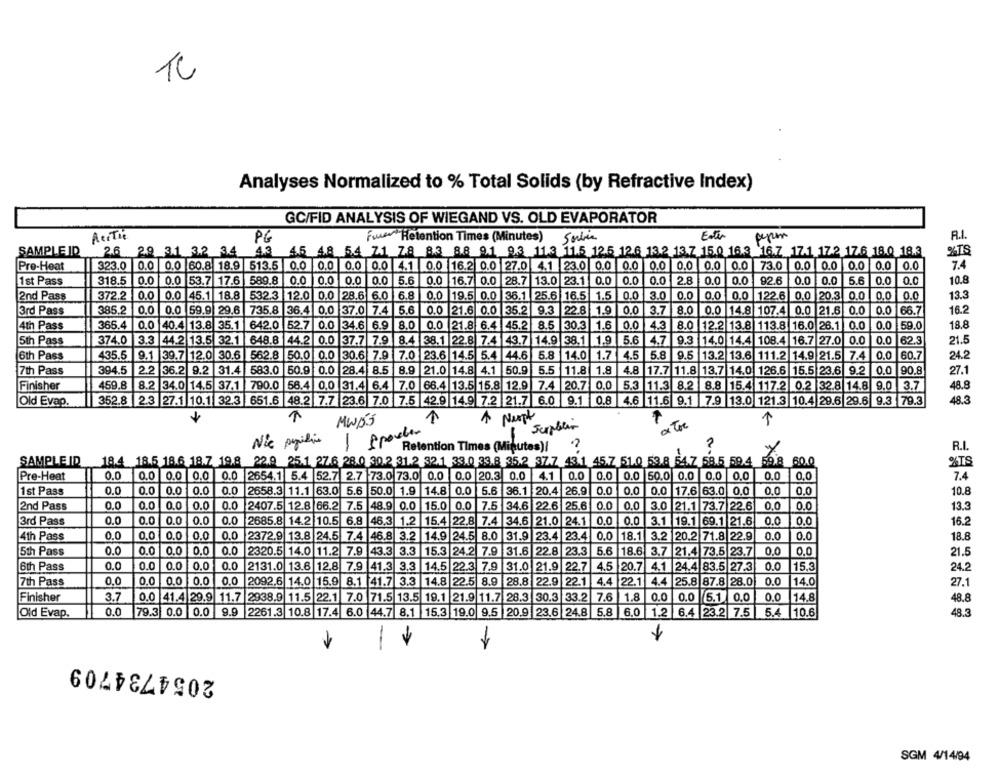
TC
Analyses Normalized to % Total Solids (by Refractive Index)
GC/FID ANALYSIS OF WIEGAND VS. OLD EVAPORATOR
Rectie
PG
Foner"Retention Times (Minutes)
Serbia
Ester
perm
R.I.
SAMPLE ID
2.6 29 31 3.2 34
2.6 2.9 31 3.2 34 43 45 48 54 71 78 83 88 91 93 113 11.5 12.5 126 132 13.7 15.0 163 16.7 17-1 17-2 17.6 18.0 18.3
43
%TS
7.4
Pre-Heat
323.0 0.0 0.0 60.8 18.9 513.5 0.0 0.0 0.0 0.0 4.1 0.0 16.2 0.0 27.0 4.1 23.0 0.0 0.0 0.0 0.0 0.0 0.0 73.0
0.0 0.0 0.0 0.0 0.0
1st Pass
318.5
0.0
0.0 53.7 17.6 589.8
0.0
0.0
0.0 0.0
5.6
0.0
16.7 0.0 28.7 13.0 23.1 0.0
0.0
0.0
28
0.0
0.0
92.6
0.0
0.0
5.6
0.0
0.0
10.8
2nd Pass
372.2
0.0 0.0 45.1 18.8 532.3 12.0 0.0
28.6 6.0 6.8
0.0
19.5 0.0 36.1 25.6 16.5 1.5 0.0
3.0 0.0
0.0 0.0 122.6 0.0 20.3 0.0
0.0 0.0
13.3
3rd Pass
385.2
0.0 0.0 59.9 29.6 735.8 36.4 0.0 37.0 7.4 5.6
0.0
21.6 0.0
35.2
9.3
22.8 1.9 0.0
3.7
8.0
0.0 14.8 107.4 0.0 21.6 0.0
10.0
66.7
16.2
4th Pass
365.4
100
40.4 13.8
35.1 642.0 52.7 0.0
34.6 6.9
8.0
0.0 21.8 6.4
45.2
8.5
30.3 1.6 0.0
4.3
8.0 12.2 13.8 113.8 16.0 26.1 0.0
0.0
59.0
18.8
5th Pass
374.0
3.3
44.2
13.5
32.1
648.8
44.2 0.0
37.7 7.9
8.4 38.1 22.8 7.4 43.7 14.9 38.1 1.9 5.6
4.7 9.3 14.0 14.4 108.4 16.7 27.0 0.0
0.0
62.3
21.5
6th Pass
435.5 9.1 39.7 12.0 30.6 562.8 50.0 0.0 30.6 7.9 7.0 23.6 14.5 5.4 44.6
14.0
1.7
4.5
5.8
9.5
13.2
13.6
111.2 14.9 21.5 7.4
0.0
60.7
24.2
7th Pass
394.5
2.2
36.2
9.2
31.4
583.0
160.9
0.0
28.4
8.5
8.9
21.0 14.8 4.1
50.9
5.5
11.8 1.8
4.8
17.7 11.8 13.7 14.0 126.6 15.5 23.6 9.2
10.0
90.8
27.1
Finisher
459,8
8.2
34.0
14.5 37.1
790.0
58.4 0.0 31.4
7.0
66.4 13.5
15.8
12.9 7.4
20.7 0.0
5.3
11.3 8.2
8.8
15.4
117.2
0.2
32.8 14.8 9.0
3.7
48.8
Old Evap.
352.8 |2.3 27.1 10.1 32.3 651.6 48.2 7.7 23.6 7.0 7.5 42.9 14.9 7.2 21.7 6.0 9.1 0.8 4.6 11.6 9.1 7.9 13.0 121.3 10.4 29.6 29.6 9.3 79.3
48.3
1
a Tre
1
MWD'S
Nie papriline
2
-
Retention Times (Minutes)/
R.I.
SAMPLE ID
18.4 18.5 18.6 18.7 19.8 22.9 25.1 27.6 28.0 30.2 31.2 32.1 33.0 33.8 35.2 37.7 43.1 45.7 51.0 53.8 54.7 58.5 59.4 59 8 60.0
%TS
0.0 0.0 0.0
0.0
0.0
0.0
7.4
Pre-Heat
0.0
0.0 2654.1 5.4 52.7 2.7 73.0 73.0 0.0
0.0 20.3 0.0 4.1
0.0 0.0 50.0 0.0 0.0 0.0
1st Pass
0.0
0.0
0.0
0.0
0.0
2658.3 11.1 63.0
5.6 50.0 1.9
14.8
0.0
5.6
36.1 20.4
26.9
0.0
0.0
0.0
17.6 63.0 0.0
0.0
0.0
10.8
0.0
0.0
0.0
0.0
0.0
2407.5 12.8 66.2 7.5 48.9 0.0
15.0
0.0 7.5 34.6
22.6
25.6
10.0
0.0
3.0
21.1 73.7 22.6
0.0
0.0
13.3
2nd Pass
3rd Pass
0.0
0.0
O.C
0.0
0.0
2685.8 14.2 10.5 6.8
46.3 1.2 15.4 22.8 7.4
34.6
21.0 24.1 0.0
0.0 3.1 19.1 69.1 21.6
0.0
O.C
16.2
4th Pass
0.0
0.0
0.0
0.0
0.0
2372.9 13.8 24.5 7.4 46.8 3.2 14.9
24.5 8.0
31.9 23.4 23.4 0.0 18.1
3.2 20.2 71.8 22.9
0.0
0.0
18.8
5th Pass
0.0
0.0
0.0
0.0
0.0
2320.5 14.0 11.2 7.9
43.3 3.3
15.3
24.2 7.9
31.6 22.8 23.3
5.6 18.6 3.7 21.4 73.5 23.7
0.0
0.0
21.5
6th Pass
0.0
0.0
0.0
0.0
0.0
2131.0
13.6
12.8
7,9
41.3
3.3 14.5 22.3 7.9
31.0 21.9 22.7
4.5 20.7
4.1
24.4 83.5 27.3
0.0
15.3
24.2
7th Pass
0.0
0.0
0.0
0.0
0.0
2092.6
14.0 15.9
8.1 41.7
3.3
14.8
22.5
8.9
28.8
22.9 22.1
4.4 22.1
4.4
25.8 87.8 28.0
0.0
14.0
27.1
Finisher
3.7
0.0 41.4 29.9 11.7
2938.9
11.5 22.1
7.0 71.5 13.5
19.1
21.9 11.7 28.3
30.3
33.2
7.6
1.8
0.0
0.0
5.1 0.0
0.0
14.8
48.8
Old Evap.
0.0
79.3 0.0
0.0
9.9
2261.3 10.8 17.4 6.0
44.7 8.1 15.3 19.0 9.5 20.9 23.6 24.8
5.8
6.0
1.2 6.4 23.2 7.5
5.4 10.6
48.3
2054734709
SGM 4/14/94